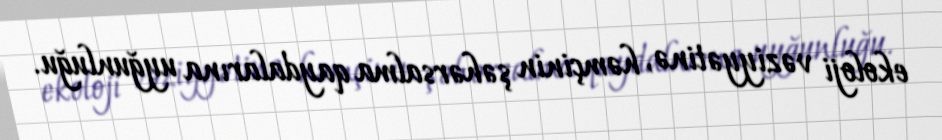
ekoloji vəziyyətinə, həmçinin şəhərsalma qaydalarına uyğunluğu.